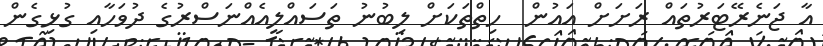
އާ ޖަނެރޭޓަރުތައް ރަށަށް އައުން  ހިތްތަކަށް ލިބުނު ތަސައްލީއެއްނަސްރުގެ ދުވަހާއި ގުޅިގެން